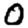
Digit: 0